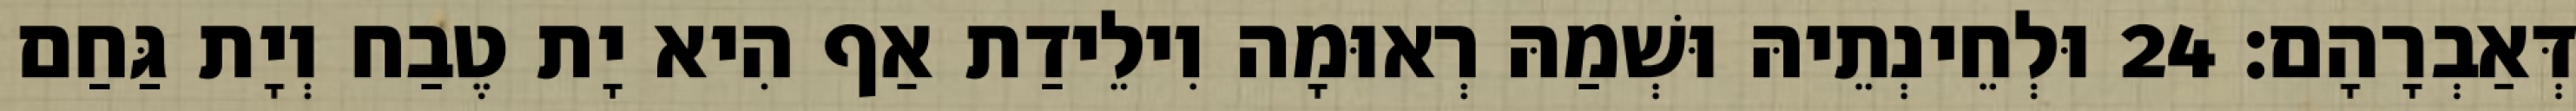
דְּאַבְרָהָם׃ 24 וּלְחֵינְתֵיהּ וּשְׁמַהּ רְאוּמָה וִילֵידַת אַף הִיא יָת טֶבַח וְיָת גַּחַם